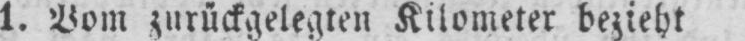
1. Vom zurückgelegten Kilometer bezieht